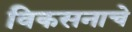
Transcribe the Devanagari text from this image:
विकसनाचे